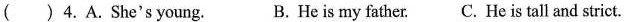
( ) 4.A.She's young. B.Heis my father. C. He is tall and strict.